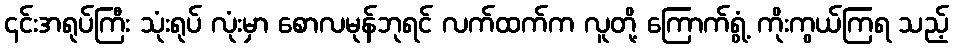
၎င်းအရုပ်ကြီး သုံးရုပ် လုံးမှာ စောလမုန်ဘုရင် လက်ထက်က လူတို့ ကြောက်ရွံ့ ကိုးကွယ်ကြရ သည့်